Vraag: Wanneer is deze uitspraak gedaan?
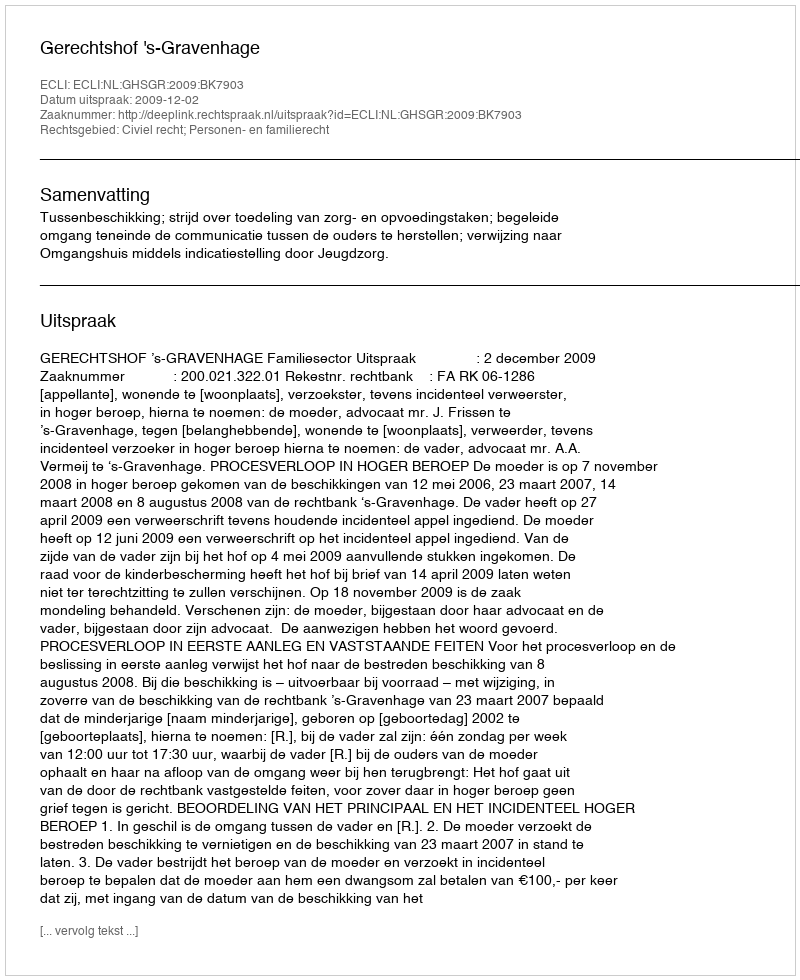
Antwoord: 2009-12-02